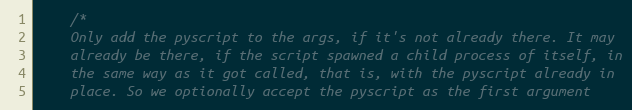
Language: C
	/*
	Only add the pyscript to the args, if it's not already there. It may
	already be there, if the script spawned a child process of itself, in
	the same way as it got called, that is, with the pyscript already in
	place. So we optionally accept the pyscript as the first argument